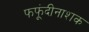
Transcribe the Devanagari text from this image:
फफूंदीनाशक